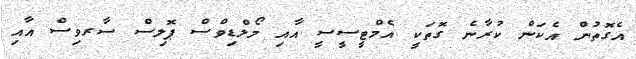
އެގޮތުން އެކަން ކުރާނެ ގޮތަކީ އެމްޓީސީސީ އާއި މޯލްޑިވްސް ޕޮލިސް ސާރވިސް އާއި